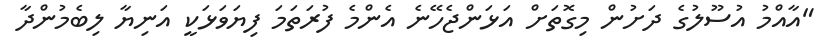
"އާއްމު އުސޫލުގެ ދަށުން މިގޮތަށް އަޅަންޖެހޭނެ އެންމެ ފުރަތަމަ ފިޔަވަޅަކީ އަނިޔާ ލިބެމުންދާ